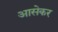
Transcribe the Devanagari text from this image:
आसेकर